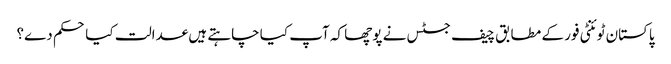
پاکستان ٹوئنٹی فور کے مطابق چیف جسٹس نے پوچھا کہ آپ کیا چاہتے ہیں عدالت کیا حکم دے؟